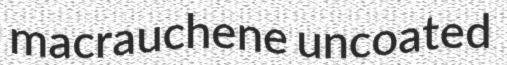
macrauchene uncoated